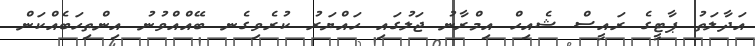
އަދާލަތު ޕާޓީގެ ރައީސް ޝެއިހް އިމްރާނު ޖަލުގައި ހައްޔަރު ކުރެވިގެނ ބޭއްއްވުނު އިންތިހަބެއްކަން